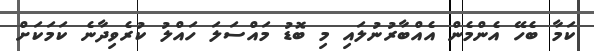
ކަމާ ބެހޭ އެންމެން އެއްބާރުނުލައި މި ބޮޑު މައްސަލަ ހައްލު ކުރެވިދާނެ ކަމަކަށް